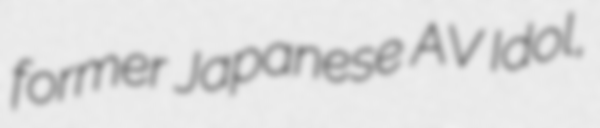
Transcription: former Japanese AV Idol,